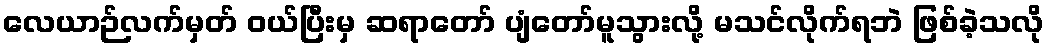
လေယာဉ်လက်မှတ် ဝယ်ပြီးမှ ဆရာတော် ပျံတော်မူသွားလို့ မသင်လိုက်ရဘဲ ဖြစ်ခဲ့သလို